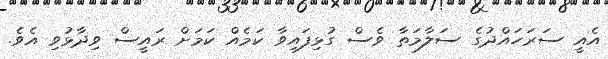
އެއީ ސަރަހައްދުގެ ސަލާމަތާ ވެސް ގުޅިފައިވާ ކަމެއް ކަމަށް ރައީސް ވިދާޅުވި އެވެ.